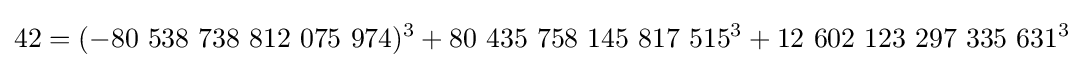
42=(-80\ 538\ 738\ 812\ 075\ 974)^{3}+80\ 435\ 758\ 145\ 817\ 515^{3}+12\ 602\ 123\ 297\ 335\ 631^{3}